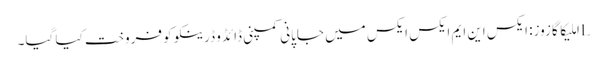
Lاملیکا گازوز: ایکس این ایم ایکس ایکس میں جاپانی کمپنی ڈائڈو ڈرینکو کو فروخت کیا گیا۔